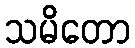
သမိတော